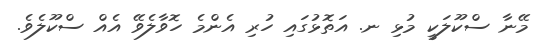
މޭނާ ސްކޫލަކީ މުޅި ނ. އަތޮޅުގައި ހުރި އެންމެ ހޮވާލެވޭ އެއް ސްކޫލެވެ.